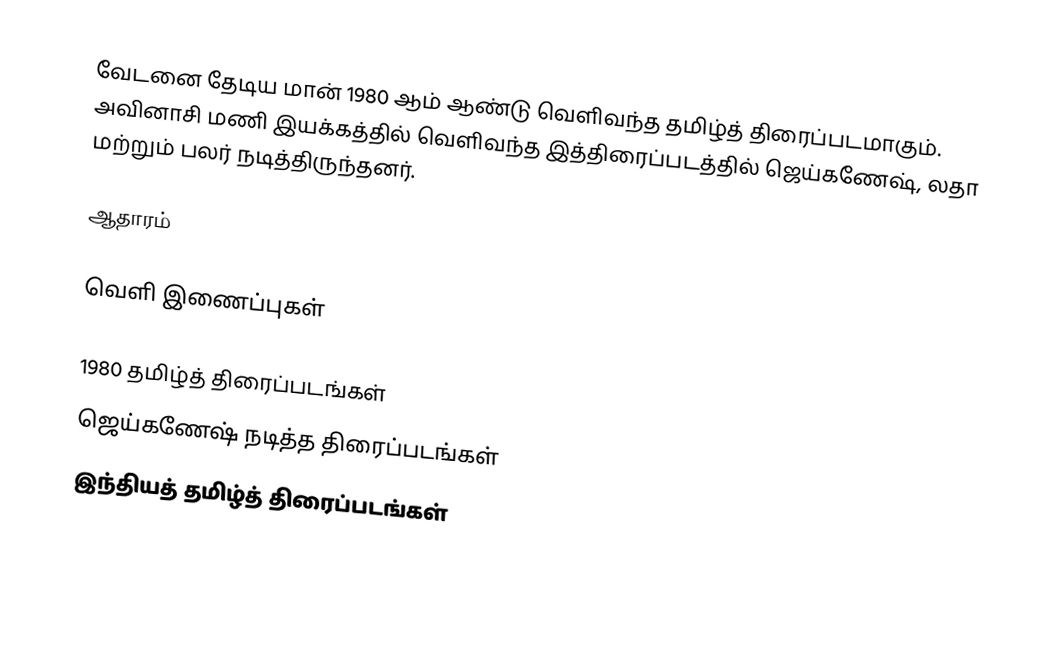
வேடனை தேடிய மான் 1980 ஆம் ஆண்டு வெளிவந்த தமிழ்த் திரைப்படமாகும். அவினாசி மணி இயக்கத்தில் வெளிவந்த இத்திரைப்படத்தில் ஜெய்கணேஷ், லதா மற்றும் பலர் நடித்திருந்தனர்.

ஆதாரம்

வெளி இணைப்புகள்

1980 தமிழ்த் திரைப்படங்கள்
ஜெய்கணேஷ் நடித்த திரைப்படங்கள்
இந்தியத் தமிழ்த் திரைப்படங்கள்